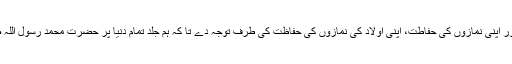
پس ہر احمدی اس بات کو ہمیشہ یاد رکھے اور اپنی نمازوں کی حفاطت، اپنی اولاد کی نمازوں کی حفاظت کی طرف توجہ دے تا کہ ہم جلد تمام دنیا پر حضرت محمد رسول اللہ صلی اللہ علیہ وسلم کا جھنڈا لہراتا ہوا دیکھیں۔